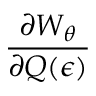
\frac { \partial W _ { \theta } } { \partial Q ( \epsilon ) }